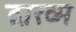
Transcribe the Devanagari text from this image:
द्राख्म